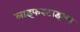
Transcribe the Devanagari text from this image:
लाइफस्टाइल्स